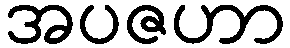
အပဇဟာ